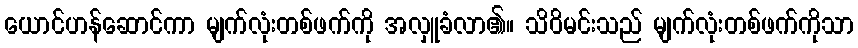
ယောင်ဟန်ဆောင်ကာ မျက်လုံးတစ်ဖက်ကို အလှူခံလာ၏။ သိဝိမင်းသည် မျက်လုံးတစ်ဖက်ကိုသာ